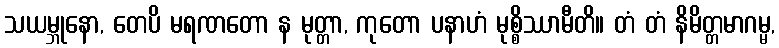
သယမ္ဘုနော, တေပိ မရဏတော န မုတ္တာ, ကုတော ပနာဟံ မုစ္စိဿာမီတိ။ တံ တံ နိမိတ္တမာဂမ္မ,